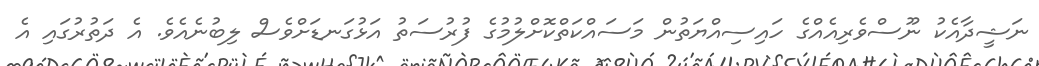
ނަޝީދާއެކު ނޫސްވެރިއެއްގެ ހައިސިއްޔަތުން މަސައްކަތްކޮށްލުމުގެ ފުރުސަތު އަޅުގަނޑަށްވެސް ލިބުނެއެވެ. އެ ދަތުރުގައި އެ